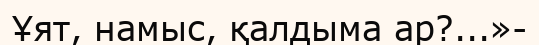
Ұят, намыс, қалдыма ар?...»-